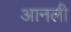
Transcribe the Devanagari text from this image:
आनली